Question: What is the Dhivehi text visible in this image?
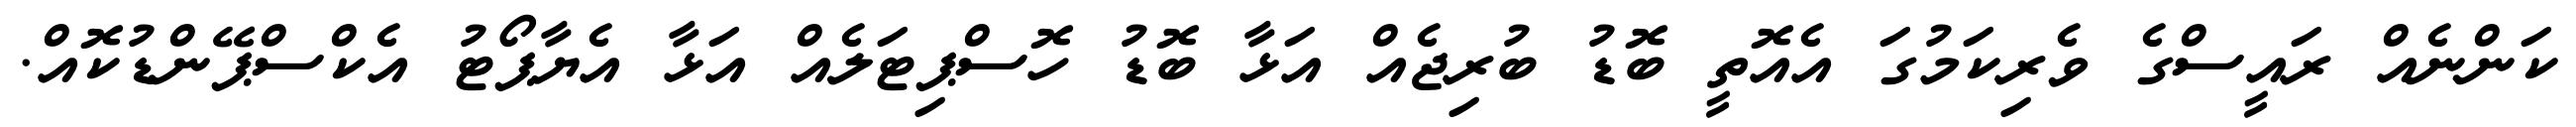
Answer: ކަންނެއް ރައީސްގެ ވެރިކަމުގަ އެއޮތީ ބޮޑު ބުރިޖެއް އަޅާ ބޮޑު ހޮސްޕިޓަލެއް އަޅާ އެޔާޕޯޓު އެކްސްޕޭންޑުކޮއް.